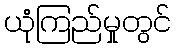
ယုံကြည်မှုတွင်